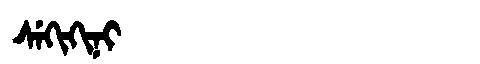
Manchu: ᠰᡝᡴᡳᡴᡳᠨᡳ
Romanization: SEKIKINI